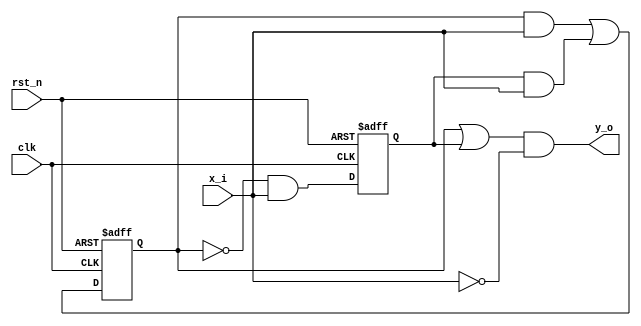
// This program was cloned from: https://github.com/mbaykenar/digital-logic-design
// License: Apache License 2.0

`timescale 1ns / 1ps
//////////////////////////////////////////////////////////////////////////////////
// Company: 
// Engineer: 
// 
// Design Name: 
// Module Name: fsm_mealy_3always
// Project Name: 
// Target Devices: 
// Tool Versions: 
// Description: 
// 
// Dependencies: 
// 
// Revision:
// Revision 0.01 - File Created
// Additional Comments:
// 
//////////////////////////////////////////////////////////////////////////////////


module fsm_mealy_3always
(
input x_i,
input rst_n,
input clk,
output y_o
);

reg y;
reg A_reg, B_reg, A_next, B_next;

// always block #1 for assigning D to Q
always @(posedge clk, negedge rst_n) begin
    if (rst_n == 1'b0) begin
        A_reg <= 1'b0;
        B_reg <= 1'b0;
    end
    else begin
        A_reg <= A_next;
        B_reg <= B_next;
    end
end

// always block #2 for evaluating next state
always @(*) begin
    A_next = (A_reg & x_i) | (B_reg & x_i);
    B_next = (!A_reg & x_i);
end

// always block #3 for evaluating output
always @(*) begin
    y = (A_reg | B_reg) & !x_i;
end

assign y_o = y;

endmodule